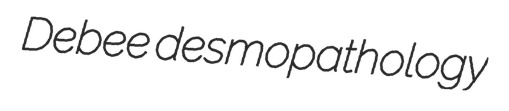
Debee desmopathology